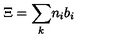
\Xi = { \sum _ { k } } n _ { i } { b } _ { i }